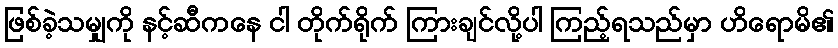
ဖြစ်ခဲ့သမျှကို နင့်ဆီကနေ ငါ တိုက်ရိုက် ကြားချင်လို့ပါ ကြည့်ရသည်မှာ ဟိရောမိ၏